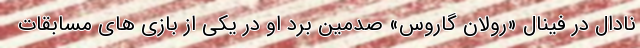
نادال در فینال «رولان گاروس» صدمین برد او در یکی از بازی های مسابقات